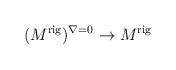
LaTeX: \begin{align*} (M^{\mathrm{rig}})^{\nabla = 0}\to M^{\mathrm{rig}} \end{align*}